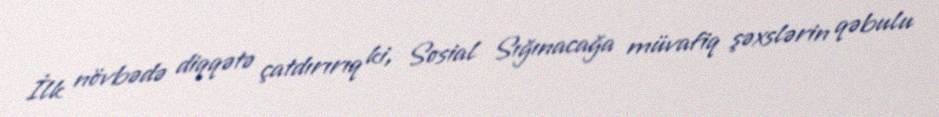
İlk növbədə diqqətə çatdırırıq ki, Sosial Sığınacağa müvafiq şəxslərin qəbulu